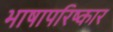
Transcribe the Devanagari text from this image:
भाषापरिष्कार